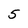
Character: 5